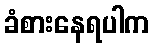
ခံစားနေရပါက